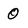
Character: 0